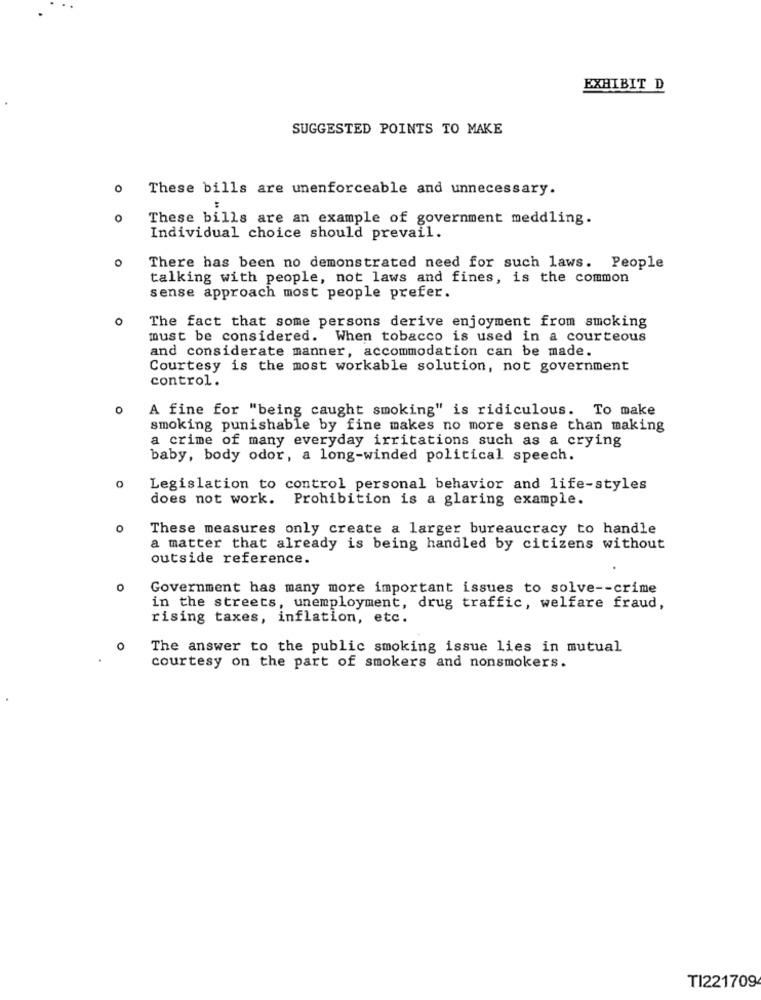
EXHIBIT D
SUGGESTED POINTS TO MAKE
0
These bills are unenforceable and unnecessary.
O
These bills are an example of government meddling.
Individual choice should prevail.
O
There has been no demonstrated need for such laws. People
talking with people, not laws and fines, is the common
sense approach most people prefer.
o
The fact that some persons derive enjoyment from smoking
must be considered. When tobacco is used in a courteous
and considerate manner, accommodation can be made.
Courtesy is the most workable solution, not government
control.
0
A fine for "being caught smoking" is ridiculous. To make
smoking punishable by fine makes no more sense than making
a crime of many everyday irritations such as a crying
baby, body odor, a long-winded political speech.
0
Legislation to control personal behavior and life-styles
does not work.
Prohibition is a glaring example.
0
These measures only create a larger bureaucracy to handle
a matter that already is being handled by citizens without
outside reference.
0
Government has many more important issues to solve -- crime
in the streets, unemployment, drug traffic, welfare fraud,
rising taxes, inflation, etc.
o
The answer to the public smoking issue lies in mutual
courtesy on the part of smokers and nonsmokers.
TI221709